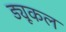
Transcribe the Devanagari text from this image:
ड्यूकल